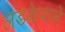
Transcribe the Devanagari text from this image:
लडकेवाले